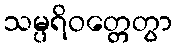
သမ္ပရိဝတ္တေတွာ